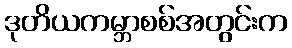
ဒုတိယကမ္ဘာစစ်အတွင်းက